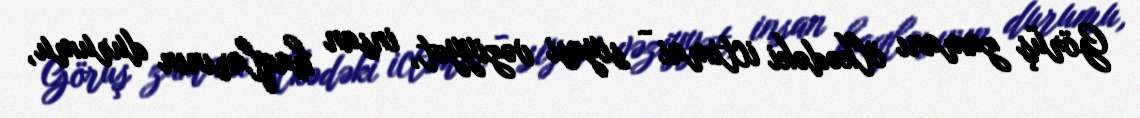
Görüş zamanı ölkədəki ictimai - siyasi vəziyyət, insan haqlarının durumu,